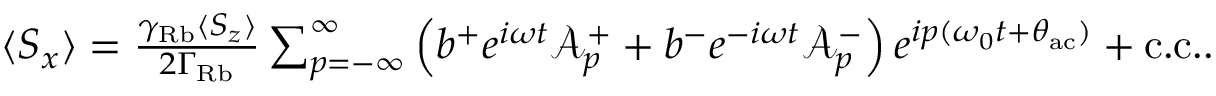
\begin{array} { r } { \langle S _ { x } \rangle = \frac { \gamma _ { \mathrm { R b } } \langle S _ { z } \rangle } { 2 \Gamma _ { \mathrm { R b } } } \sum _ { p = - \infty } ^ { \infty } \left( b ^ { + } e ^ { i \omega t } \mathcal { A } _ { p } ^ { + } + b ^ { - } e ^ { - i \omega t } \mathcal { A } _ { p } ^ { - } \right) e ^ { i p ( \omega _ { 0 } t + \theta _ { \mathrm { a c } } ) } + \mathrm { c . c . } . } \end{array}